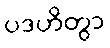
ပဒဟိတွာ